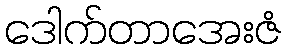
ဒေါက်တာအေးဇံ